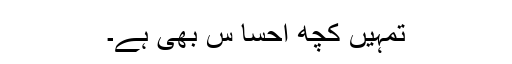
تمہیں کچھ احسا س بھی ہے۔